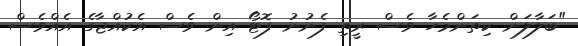
"ބަލާލަން ކިތަންމެހާ ވެސް ރީތި ފެނުނު ފޮޓޯ އިން ވެސް އެކުއްޖާގެ އެއްވެސް